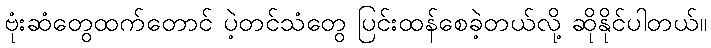
ဗုံးဆံတွေထက်တောင် ပဲ့တင်သံတွေ ပြင်းထန်စေခဲ့တယ်လို့ ဆိုနိုင်ပါတယ်။